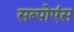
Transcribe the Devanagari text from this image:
सब्पोएंस